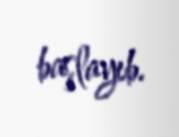
başlayıb.